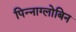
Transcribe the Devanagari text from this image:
पिन्नाग्लोबिन